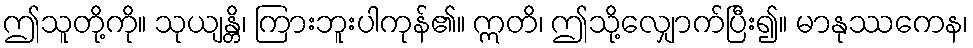
ဤသူတို့ကို။ သုယျန္တိ၊ ကြားဘူးပါကုန်၏။ ဣတိ၊ ဤသို့လျှောက်ပြီး၍။ မာနုဿကေန၊